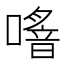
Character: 𠿌